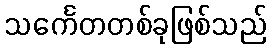
သင်္ကေတတစ်ခုဖြစ်သည်